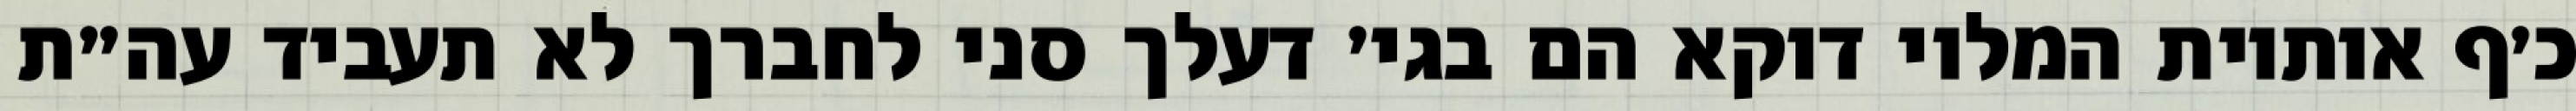
כ׳ף אותיות המלוי דוקא הם בגי׳ דעלך סני לחברך לא תעביד עה״ת